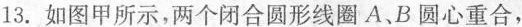
13.如图甲所示，两个闭合圆形线圈A.B圆心重合，